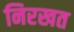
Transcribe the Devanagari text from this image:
निरखत